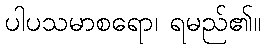
ပါပသမာစရော၊ ရမည်၏။